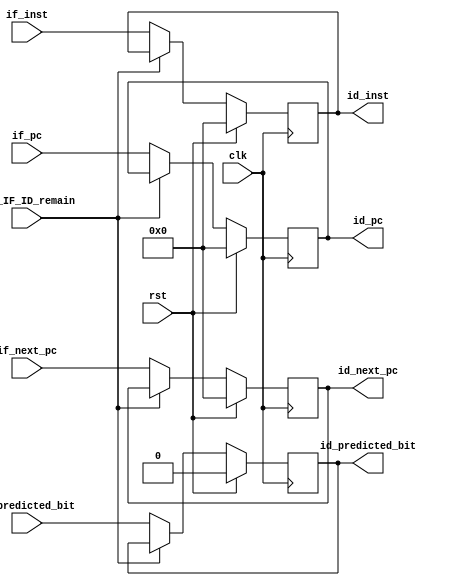
module IF_ID (
  input  wire        clk             ,
  input  wire        rst             ,
  input  wire        Reg_IF_ID_remain,
  input  wire        if_predicted_bit,
  input  wire [31:0] if_pc           ,
  input  wire [31:0] if_next_pc      ,
  input  wire [31:0] if_inst         ,
  output reg  [31:0] id_pc           ,
  output reg  [31:0] id_next_pc      ,
  output reg         id_predicted_bit,
  output reg  [31:0] id_inst 
);
  always @ (posedge clk) begin
    if (rst) begin
        id_pc            <= 0;
        id_inst          <= 0;
		    id_predicted_bit <= 0;
        id_next_pc       <= 0;
    end 
	  else begin 
      if (Reg_IF_ID_remain) begin
	      id_pc      <= id_pc;      // remain
        id_inst    <= id_inst;    // remain
        id_next_pc <= id_next_pc; // remain
      end		
	    else begin
        id_pc            <= if_pc;
        id_inst          <= if_inst;
        id_next_pc       <= if_next_pc;
		    id_predicted_bit <= if_predicted_bit;
		  end
    end
  end
endmodule